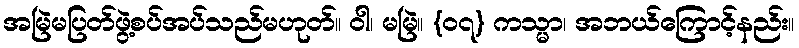
အမြဲမပြတ်ဖွဲ့စပ်အပ်သည်မဟုတ်။ ဝါ၊ မမြဲ။ {၀၇} ကသ္မာ၊ အဘယ်ကြောင့်နည်း။